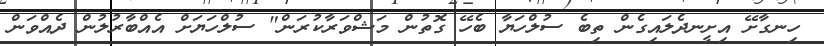
ހިނގާށޭ އިށީނދެލައިގެން ތިބެ ސުލްހަޔާ ބެހޭ ގޮތުން މަޝްވަރާކުރަން" ސުލްހަޔަށް އެއްބާރުލުން ދެއްވަން